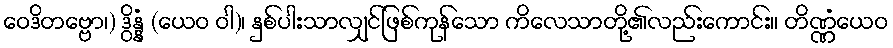
ဝေဒိတဗ္ဗော၊) ဒွိန္နံ (ယေဝ ဝါ)၊ နှစ်ပါးသာလျှင်ဖြစ်ကုန်သော ကိလေသာတို့၏လည်းကောင်း။ တိဏ္ဏံယေဝ